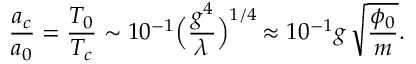
{ \frac { a _ { c } } { a _ { 0 } } } = { \frac { T _ { 0 } } { T _ { c } } } \sim 1 0 ^ { - 1 } \Bigr ( { \frac { g ^ { 4 } } { \lambda } } \Bigl ) ^ { 1 / 4 } \, \approx 1 0 ^ { - 1 } g \, \sqrt { \frac { \phi _ { 0 } } { m } } .